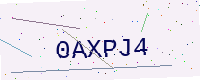
Text: 0AXPJ4